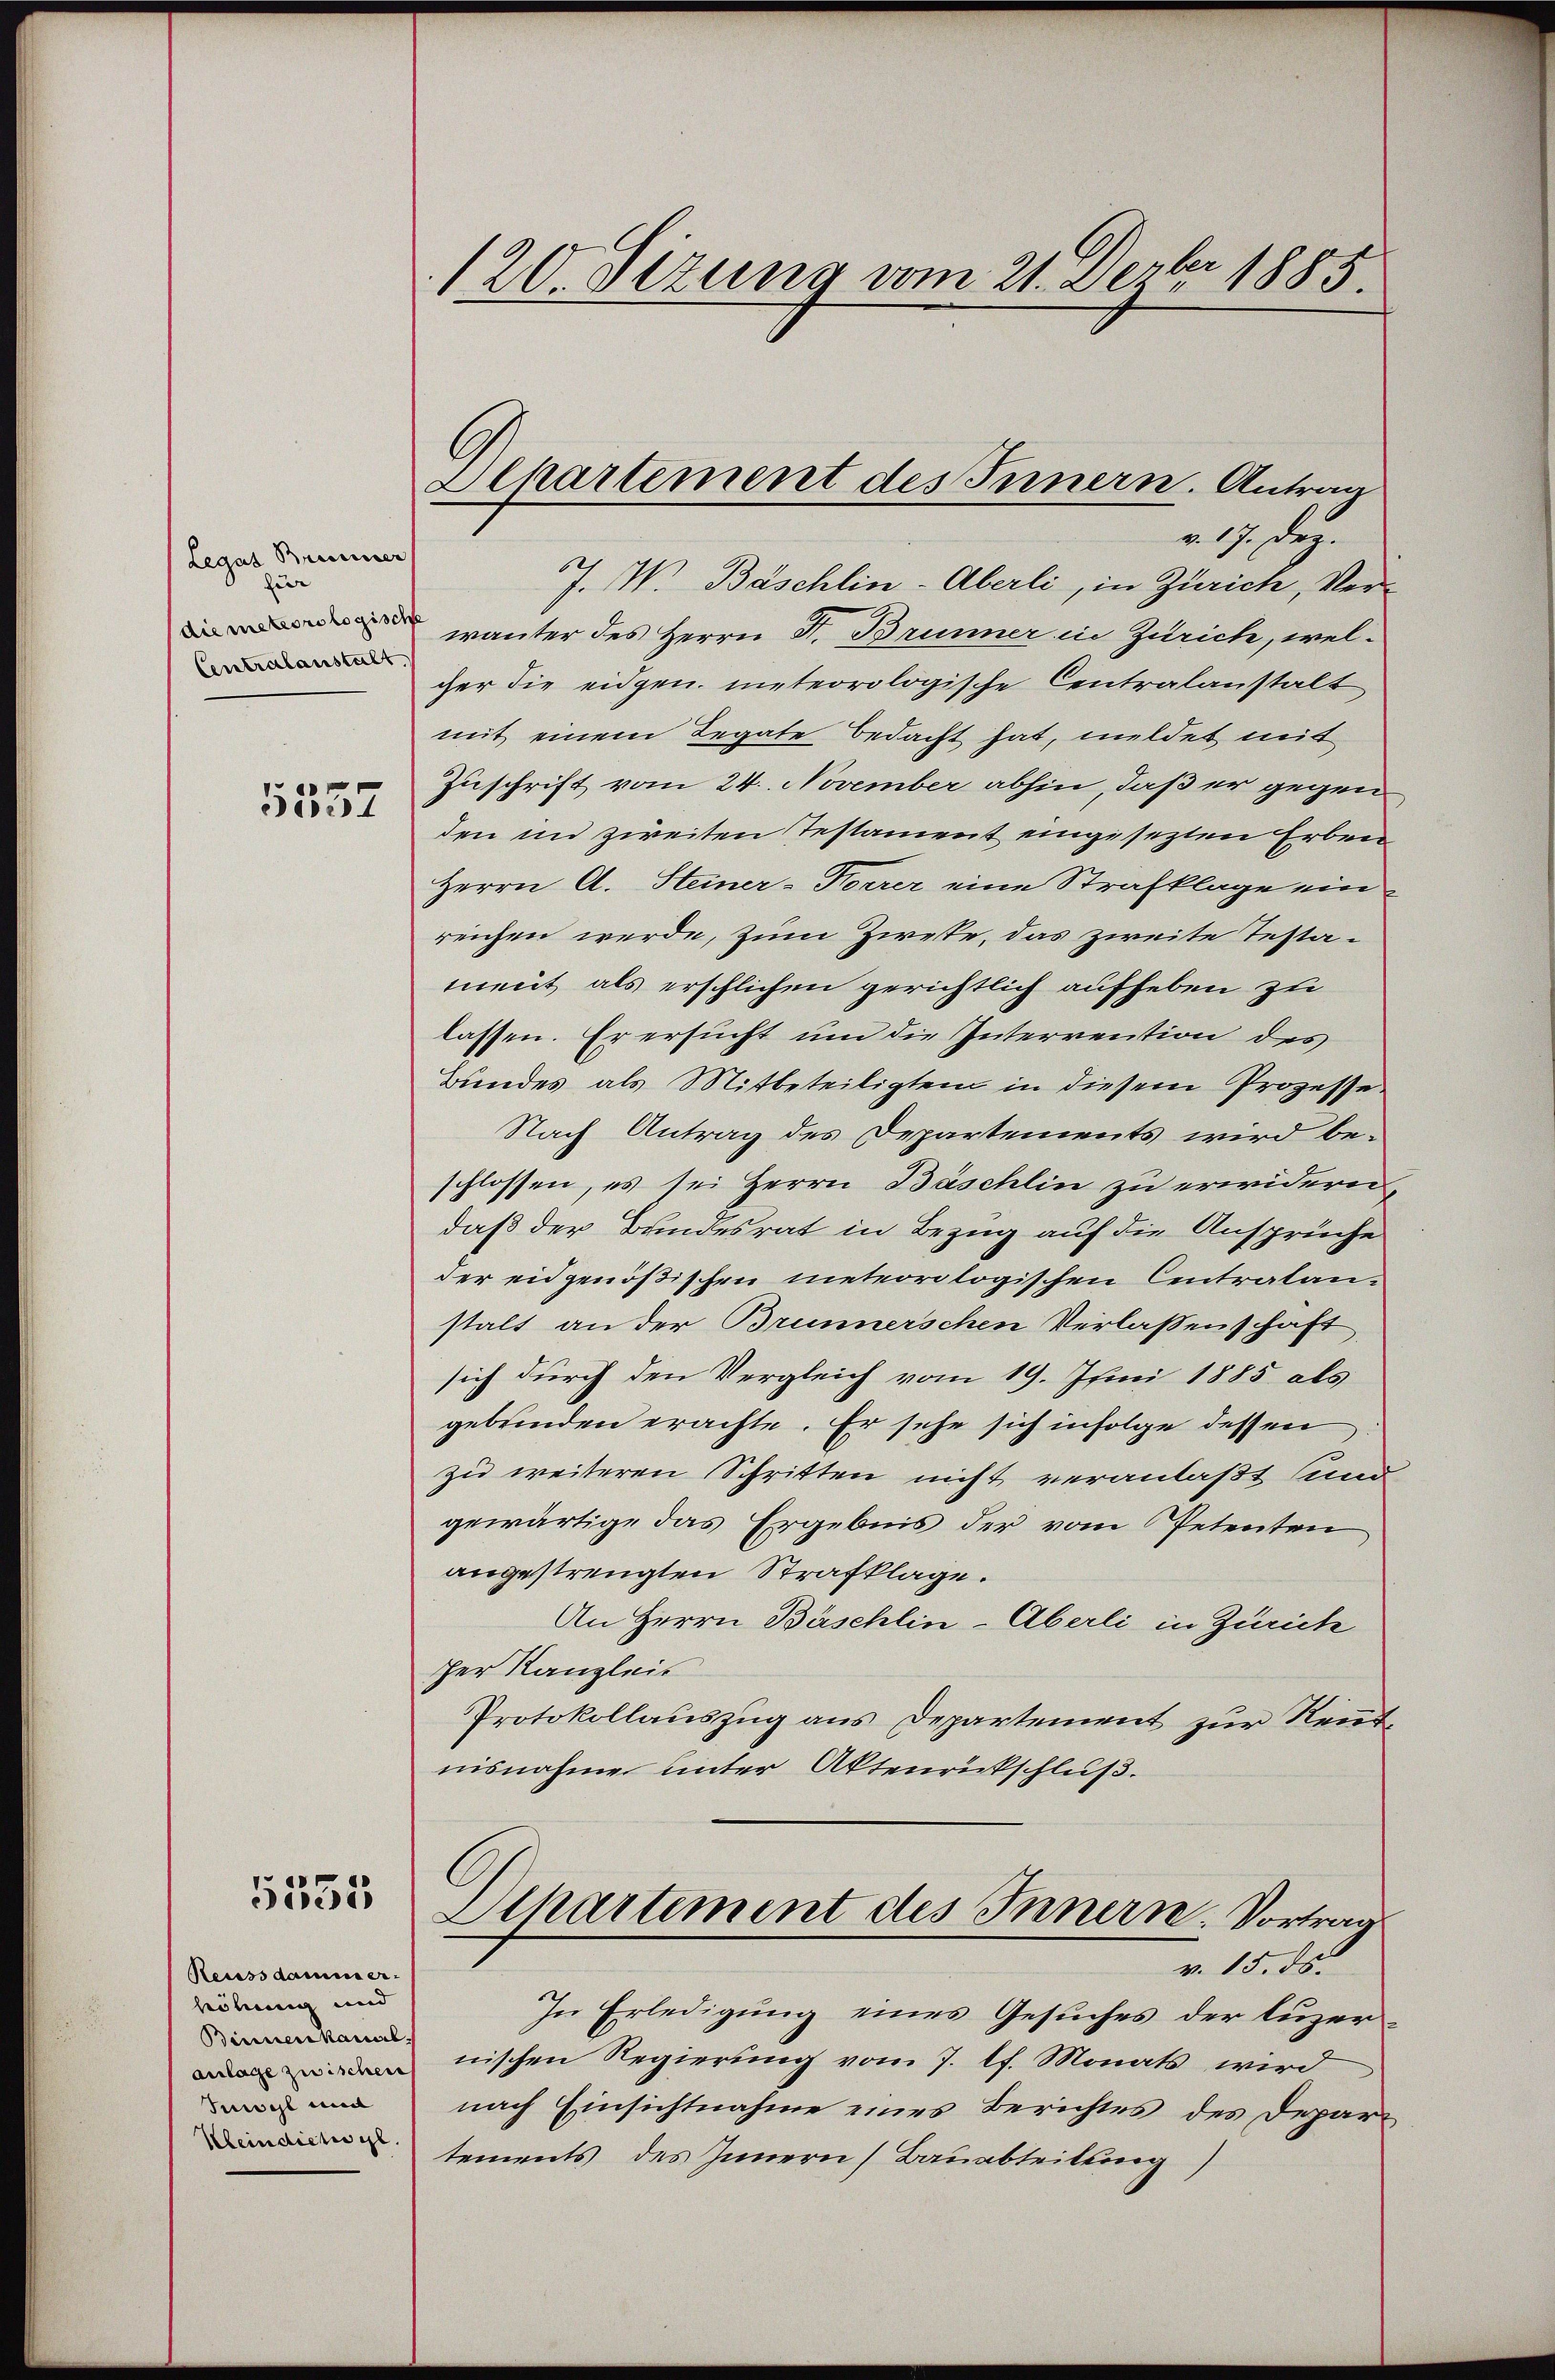
Legat Brenner
zur
Centralanstalt

5557

5535

Reussdammer-
höhung und
Binnen kannt.
anlage zwischen
Inwyl und
Klein dich gl

120. Sezung vom 21. Dezbr 1885.

Alkartement des Innern. Antrag
v. 17. Dez.

J. W. Bäschlin-Überli, in Zürich, Verwanter des Herrn J. Brunner in Zürich, welger die eidgen. meteorologische Centralanstalt
mit einem Legate bedacht hat, meldet mit
Zuschrift vom 24. November abhin, daß er gegen
den im zweiten Testament eingesezten Erben
Herrn A. Steiner- Korrer eine Strafklage einreichen werde, zum Zweke, das zweite Testament als erschlichen gerichtlich aufheben zu
lassen. Er ersucht um die Intervention des
Bundes als Mitbeteiligten in diesem Prozesse.
Nach Antrag des Departements wird be-
schlossen, es sei Herrn Bäschlin zu erwidern,
daß der Bundesrat in Bezug auf die Ansprüche
der eidgenößischen meteorologischen Centralanstalt an der Brunnerschen Verlassenschaft
sich durch den Vergleich vom 19. Juni 1885 als
gebenden erachte. Er sehe sich infolge dessen
zu weiteren Schritten nicht veranlaßt sind
gewärtige das Ergebnis der vom Petenten
angestrengten Strafklage.
An Herrn Bäschlin-Überli in Zürich
her Kanzleis
Protokollauszug aus Departement zur Reutnisnahme unter Aktenrückschluß.
Departement des Innern. Vortrag
v. 15. ds.
In Erledigung eines Gesuches der luzernischen Regierung vom 7. lt. Monats wird
nach Einsichtnahme eines Berichtes des Departements des Innern (Bauabteilung)